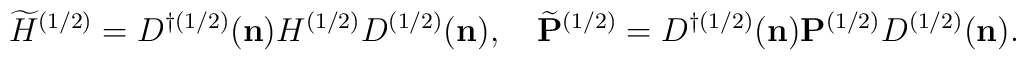
\widetilde{H}^{(1/2)}=D^{\dag(1/2)}({\bf n}){H}^{(1/2)}D^{(1/2)}({\bf n}),\quad\widetilde{\bf P}^{(1/2)}=D^{\dag(1/2)}({\bf n}){\bf P}^{(1/2)}D^{(1/2)}({\bf n}).